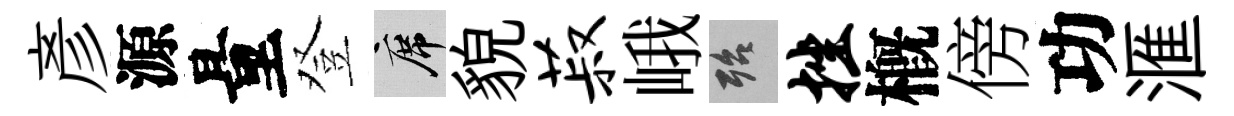
彦源量登席貌菽峨殆挫槪傍功滙